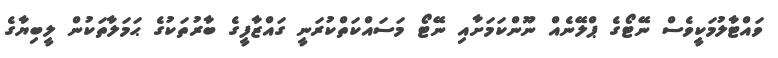
ވައްޓާލުމަކީވެސް ނޭޓޯގެ ޕްލޭނެއް ނޫންކަމަށާއި ނޭޓޯ މަސައްކަތްކުރަނީ ގައްޒާފީގެ ބާރުތަކުގެ ޙަމަލާތަކުން ލީބިޔާގެ